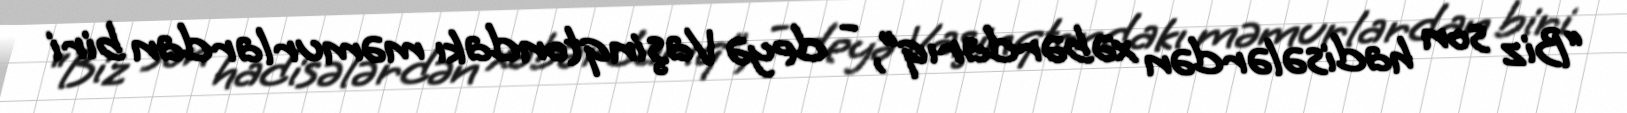
“Biz son hadisələrdən xəbərdarıq”, - deyə Vaşinqtondakı məmurlardan biri